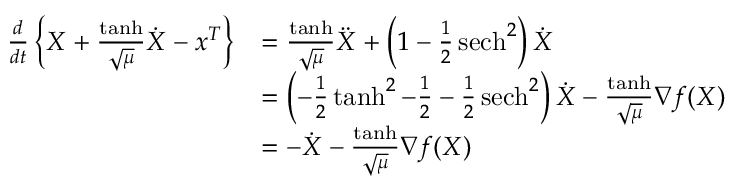
\begin{array} { r l } { \frac { d } { d t } \left\{ X + \frac { \operatorname { t a n h } } { \sqrt { \mu } } \dot { X } - x ^ { T } \right\} } & { = \frac { \operatorname { t a n h } } { \sqrt { \mu } } \ddot { X } + \left( 1 - \frac { 1 } { 2 } \operatorname { s e c h } ^ { 2 } \right) \dot { X } } \\ & { = \left( - \frac { 1 } { 2 } \operatorname { t a n h } ^ { 2 } - \frac { 1 } { 2 } - \frac { 1 } { 2 } \operatorname { s e c h } ^ { 2 } \right) \dot { X } - \frac { \operatorname { t a n h } } { \sqrt { \mu } } \nabla f ( X ) } \\ & { = - \dot { X } - \frac { \operatorname { t a n h } } { \sqrt { \mu } } \nabla f ( X ) } \end{array}